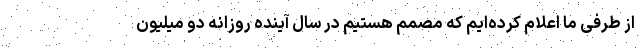
از طرفی ما اعلام کرده‌ایم که مصمم هستیم در سال آینده روزانه دو میلیون